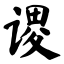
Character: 谡